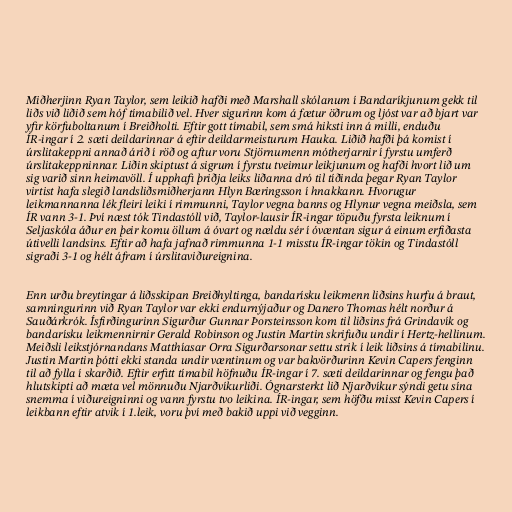
Miðherjinn Ryan Taylor, sem leikið hafði með Marshall skólanum í Bandaríkjunum gekk til
liðs við liðið sem hóf tímabilið vel. Hver sigurinn kom á fætur öðrum og ljóst var að bjart var
yfir körfuboltanum í Breiðholti. Eftir gott tímabil, sem smá hiksti inn á milli, enduðu
ÍR-ingar í 2. sæti deildarinnar á eftir deildarmeisturum Hauka. Liðið hafði þá komist í
úrslitakeppni annað árið í röð og aftur voru Stjörnumenn mótherjarnir í fyrstu umferð
úrslitakeppninnar. Liðin skiptust á sigrum í fyrstu tveimur leikjunum og hafði hvort lið um
sig varið sinn heimavöll. Í upphafi þriðja leiks liðanna dró til tíðinda þegar Ryan Taylor
virtist hafa slegið landsliðsmiðherjann Hlyn Bæringsson í hnakkann. Hvorugur
leikmannanna lék fleiri leiki í rimmunni, Taylor vegna banns og Hlynur vegna meiðsla, sem
ÍR vann 3-1. Því næst tók Tindastóll við, Taylor-lausir ÍR-ingar töpuðu fyrsta leiknum í
Seljaskóla áður en þeir komu öllum á óvart og nældu sér í óvæntan sigur á einum erfiðasta
útivelli landsins. Eftir að hafa jafnað rimmunna 1-1 misstu ÍR-ingar tökin og Tindastóll
sigraði 3-1 og hélt áfram í úrslitaviðureignina.

Enn urðu breytingar á liðsskipan Breiðhyltinga, bandarísku leikmenn liðsins hurfu á braut,
samningurinn við Ryan Taylor var ekki endurnýjaður og Danero Thomas hélt norður á
Sauðárkrók. Ísfirðingurinn Sigurður Gunnar Þorsteinsson kom til liðsins frá Grindavík og
bandarísku leikmennirnir Gerald Robinson og Justin Martin skrifuðu undir í Hertz-hellinum.
Meiðsli leikstjórnandans Matthíasar Orra Sigurðarsonar settu strik í leik liðsins á tímabilinu.
Justin Martin þótti ekki standa undir væntinum og var bakvörðurinn Kevin Capers fenginn
til að fylla í skarðið. Eftir erfitt tímabil höfnuðu ÍR-ingar í 7. sæti deildarinnar og fengu það
hlutskipti að mæta vel mönnuðu Njarðvíkurliði. Ógnarsterkt lið Njarðvíkur sýndi getu sína
snemma í viðureigninni og vann fyrstu tvo leikina. ÍR-ingar, sem höfðu misst Kevin Capers í
leikbann eftir atvik í 1.leik, voru því með bakið uppi við vegginn.